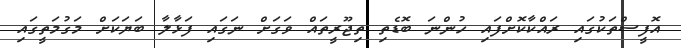
އޮފީސްތަކުގައި ރައްކާކޮށްފައި ހުންނަ ބޮޑެތި ތިޖޫރީތައް ވަގަށް ނަގައި ފަޅާލާ ބަޔަކަށް މަގުމަތީގައި